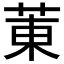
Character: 菄